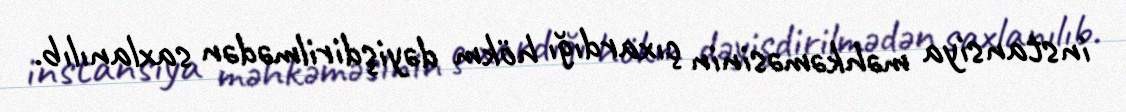
instansiya məhkəməsinin çıxardığı hökm dəyişdirilmədən saxlanılıb.